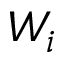
W _ { i }